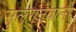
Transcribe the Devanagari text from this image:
सुलगनेवाला